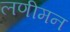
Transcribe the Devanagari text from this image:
लणीमन